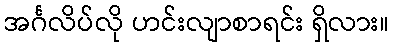
အင်္ဂလိပ်လို ဟင်းလျာစာရင်း ရှိလား။